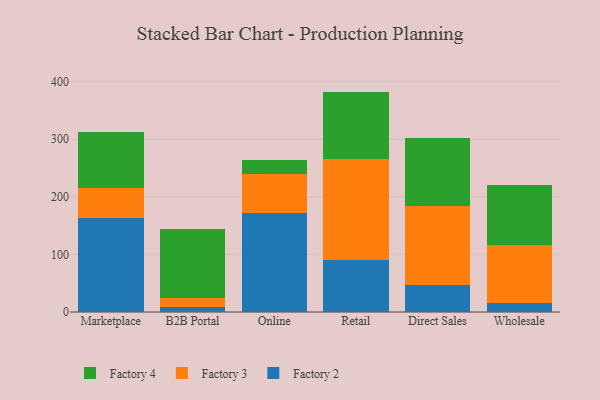
{"axis": {"x": "Channel", "y": "Bounce Rate (%)"}, "legend": ["Factory 2", "Factory 3", "Factory 4"], "data": [{"x": "Marketplace", "y": 163.3, "type": "Factory 2"}, {"x": "Marketplace", "y": 51.9, "type": "Factory 3"}, {"x": "Marketplace", "y": 96.7, "type": "Factory 4"}, {"x": "B2B Portal", "y": 8.9, "type": "Factory 2"}, {"x": "B2B Portal", "y": 15.8, "type": "Factory 3"}, {"x": "B2B Portal", "y": 118.9, "type": "Factory 4"}, {"x": "Online", "y": 171.8, "type": "Factory 2"}, {"x": "Online", "y": 67.4, "type": "Factory 3"}, {"x": "Online", "y": 24.7, "type": "Factory 4"}, {"x": "Retail", "y": 90.4, "type": "Factory 2"}, {"x": "Retail", "y": 176.0, "type": "Factory 3"}, {"x": "Retail", "y": 116.4, "type": "Factory 4"}, {"x": "Direct Sales", "y": 47.1, "type": "Factory 2"}, {"x": "Direct Sales", "y": 137.7, "type": "Factory 3"}, {"x": "Direct Sales", "y": 117.4, "type": "Factory 4"}, {"x": "Wholesale", "y": 15.2, "type": "Factory 2"}, {"x": "Wholesale", "y": 101.5, "type": "Factory 3"}, {"x": "Wholesale", "y": 104.2, "type": "Factory 4"}]}